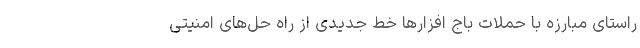
راستای مبارزه با حملات باج افزارها خط جدیدی از راه حل‌های امنیتی